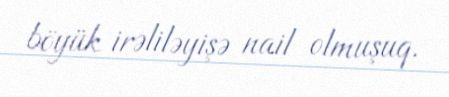
böyük irəliləyişə nail olmuşuq.